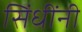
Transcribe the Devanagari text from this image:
सिंधींनी